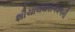
શૌચાલયસગવળની